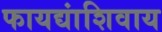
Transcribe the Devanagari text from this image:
फायद्यांशिवाय